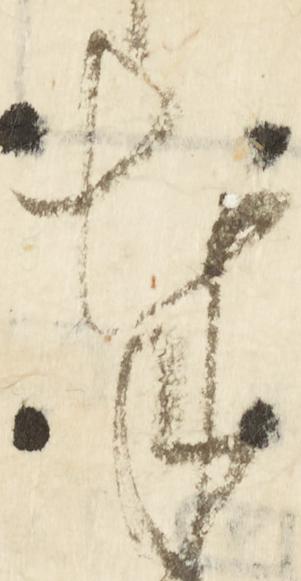
奉